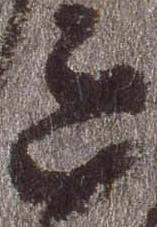
道